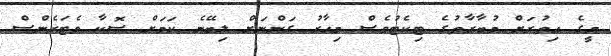
މީގެ އިތުރަށް މުބާރާތުގެ ޓިކެޓުވެސް މިހާރު ގަންނަށް ލިބޭނެ ކަމަށް ސޮކާ ވެޓަރެންސް